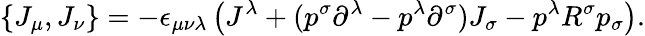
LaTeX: \{ J_{\mu},J_{\nu}\} =-\epsilon_{\mu\nu\lambda}\left(J^{\lambda}+(p^{\sigma}\partial^{\lambda}-p^{\lambda}\partial^{\sigma})J_{\sigma}-p^{\lambda}R^{\sigma}p_{\sigma}\right).